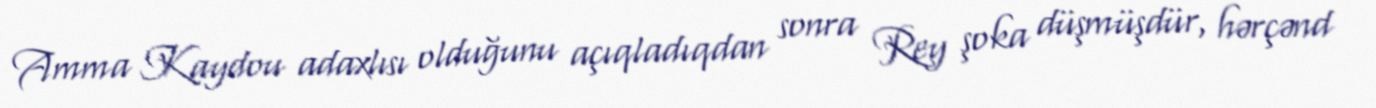
Amma Kaydou adaxlısı olduğunu açıqladıqdan sonra Rey şoka düşmüşdür, hərçənd